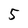
Character: 5